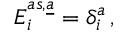
E _ { i } ^ { a s , \underline { { { a } } } } = \delta _ { i } ^ { a } \, ,